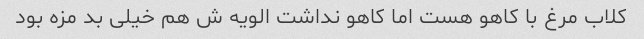
کلاب مرغ با کاهو هست اما کاهو نداشت الویه ش هم خیلی بد مزه بود